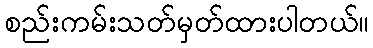
စည်းကမ်းသတ်မှတ်ထားပါတယ်။